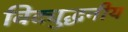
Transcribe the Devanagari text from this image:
विद्युद्धनीय